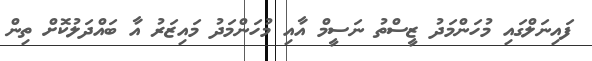
ފައިނަލްގައި މުހަންމަދު ޒީސްތު ނަސީމް އާއި މުހަންމަދު މައިޒަރު އާ ބައްދަލުކޮށް ތިން